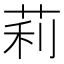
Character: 莉